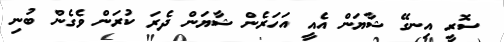
ސޮރީ އިނގޭ ޝާޔަން އެއީ އަހަރެން ޝާޔަން ދެރަ ކުރަން ވެގެން ބުނި